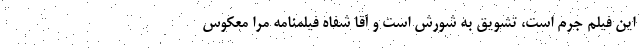
این فیلم جرم است، تشویق به شورش است و آقا شفاه فیلمنامه مرا معکوس